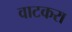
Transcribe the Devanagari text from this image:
वाटकरा